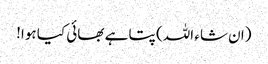
(ان شاء اللہ) پتا ہے بھائی کیا ہوا!